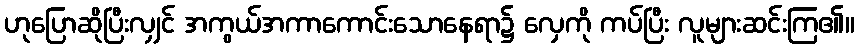
ဟုပြောဆိုပြီးလျှင် အကွယ်အကာကောင်းသောနေရာ၌ လှေကို ကပ်ပြီး လူများဆင်းကြ၏။